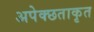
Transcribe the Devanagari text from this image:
अपेक्छताकृत